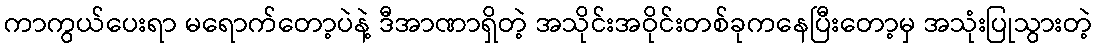
ကာကွယ်ပေးရာ မရောက်တော့ပဲနဲ့ ဒီအာဏာရှိတဲ့ အသိုင်းအဝိုင်းတစ်ခုကနေပြီးတော့မှ အသုံးပြုသွားတဲ့